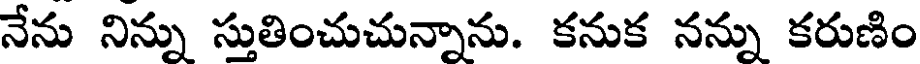
నేను నిన్ను స్తుతించుచున్నాను. కనుక నన్ను కరుణిం